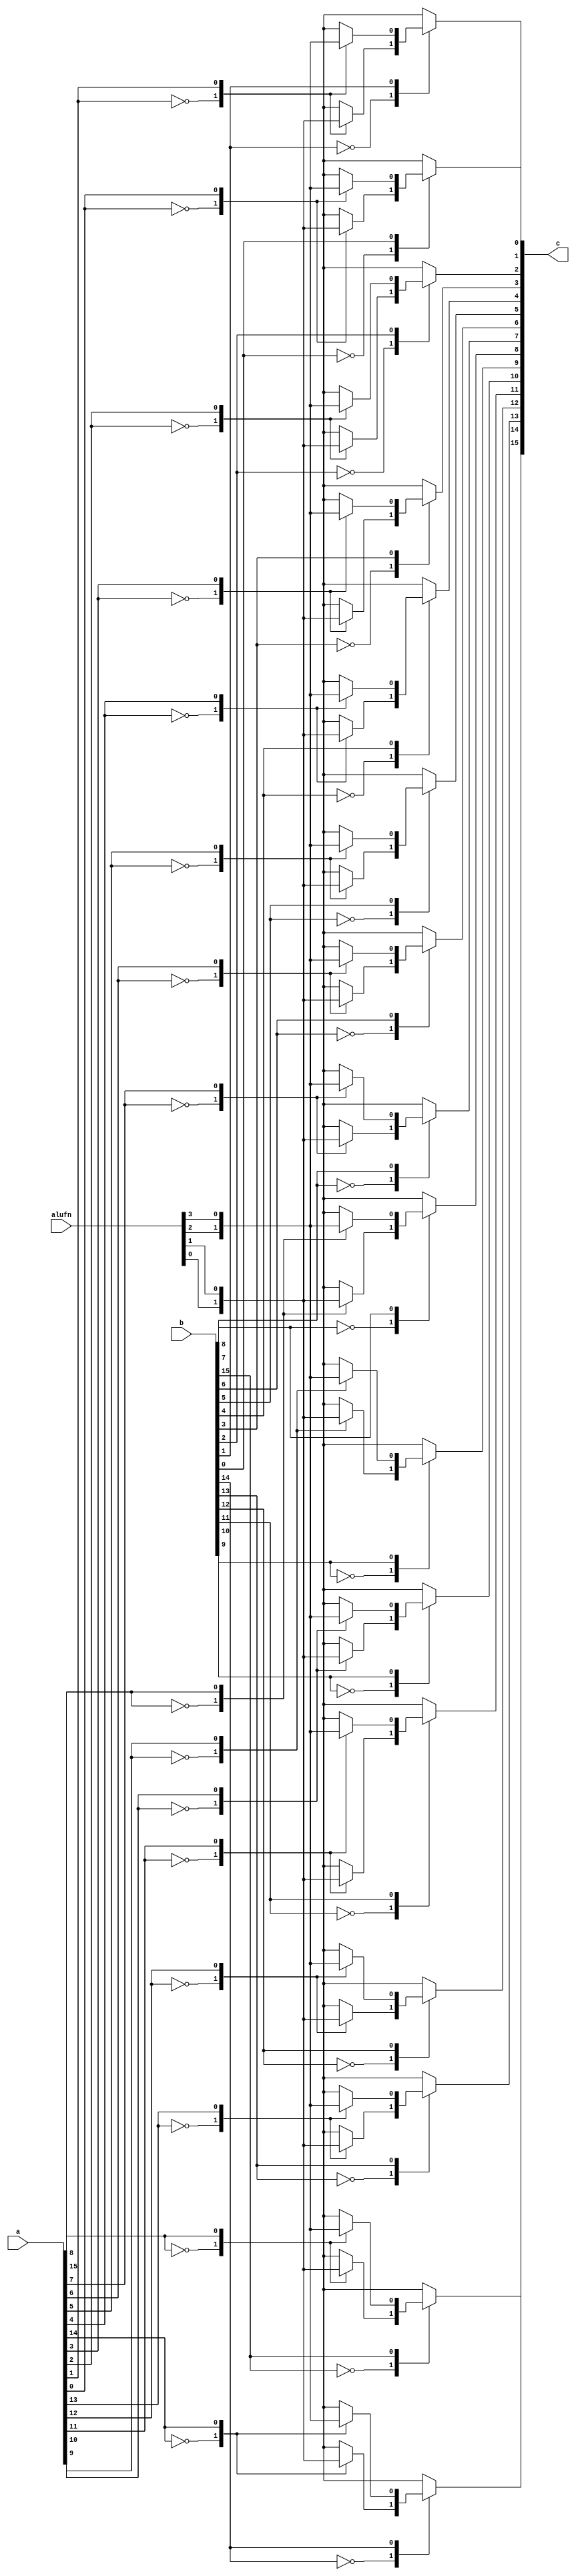
/*
   This file was generated automatically by Alchitry Labs version 1.2.1.
   Do not edit this file directly. Instead edit the original Lucid source.
   This is a temporary file and any changes made to it will be destroyed.
*/

module boole_1 (
    input [5:0] alufn,
    input [15:0] a,
    input [15:0] b,
    output reg [15:0] c
  );
  
  
  
  always @* begin
    c = 16'h0000;
    
    case (b[0+0-:1])
      1'h0: begin
        
        case (a[0+0-:1])
          1'h0: begin
            c[0+0-:1] = alufn[0+0-:1];
          end
          1'h1: begin
            c[0+0-:1] = alufn[1+0-:1];
          end
        endcase
      end
      1'h1: begin
        
        case (a[0+0-:1])
          1'h0: begin
            c[0+0-:1] = alufn[2+0-:1];
          end
          1'h1: begin
            c[0+0-:1] = alufn[3+0-:1];
          end
        endcase
      end
    endcase
    
    case (b[1+0-:1])
      1'h0: begin
        
        case (a[1+0-:1])
          1'h0: begin
            c[1+0-:1] = alufn[0+0-:1];
          end
          1'h1: begin
            c[1+0-:1] = alufn[1+0-:1];
          end
        endcase
      end
      1'h1: begin
        
        case (a[1+0-:1])
          1'h0: begin
            c[1+0-:1] = alufn[2+0-:1];
          end
          1'h1: begin
            c[1+0-:1] = alufn[3+0-:1];
          end
        endcase
      end
    endcase
    
    case (b[2+0-:1])
      1'h0: begin
        
        case (a[2+0-:1])
          1'h0: begin
            c[2+0-:1] = alufn[0+0-:1];
          end
          1'h1: begin
            c[2+0-:1] = alufn[1+0-:1];
          end
        endcase
      end
      1'h1: begin
        
        case (a[2+0-:1])
          1'h0: begin
            c[2+0-:1] = alufn[2+0-:1];
          end
          1'h1: begin
            c[2+0-:1] = alufn[3+0-:1];
          end
        endcase
      end
    endcase
    
    case (b[3+0-:1])
      1'h0: begin
        
        case (a[3+0-:1])
          1'h0: begin
            c[3+0-:1] = alufn[0+0-:1];
          end
          1'h1: begin
            c[3+0-:1] = alufn[1+0-:1];
          end
        endcase
      end
      1'h1: begin
        
        case (a[3+0-:1])
          1'h0: begin
            c[3+0-:1] = alufn[2+0-:1];
          end
          1'h1: begin
            c[3+0-:1] = alufn[3+0-:1];
          end
        endcase
      end
    endcase
    
    case (b[4+0-:1])
      1'h0: begin
        
        case (a[4+0-:1])
          1'h0: begin
            c[4+0-:1] = alufn[0+0-:1];
          end
          1'h1: begin
            c[4+0-:1] = alufn[1+0-:1];
          end
        endcase
      end
      1'h1: begin
        
        case (a[4+0-:1])
          1'h0: begin
            c[4+0-:1] = alufn[2+0-:1];
          end
          1'h1: begin
            c[4+0-:1] = alufn[3+0-:1];
          end
        endcase
      end
    endcase
    
    case (b[5+0-:1])
      1'h0: begin
        
        case (a[5+0-:1])
          1'h0: begin
            c[5+0-:1] = alufn[0+0-:1];
          end
          1'h1: begin
            c[5+0-:1] = alufn[1+0-:1];
          end
        endcase
      end
      1'h1: begin
        
        case (a[5+0-:1])
          1'h0: begin
            c[5+0-:1] = alufn[2+0-:1];
          end
          1'h1: begin
            c[5+0-:1] = alufn[3+0-:1];
          end
        endcase
      end
    endcase
    
    case (b[6+0-:1])
      1'h0: begin
        
        case (a[6+0-:1])
          1'h0: begin
            c[6+0-:1] = alufn[0+0-:1];
          end
          1'h1: begin
            c[6+0-:1] = alufn[1+0-:1];
          end
        endcase
      end
      1'h1: begin
        
        case (a[6+0-:1])
          1'h0: begin
            c[6+0-:1] = alufn[2+0-:1];
          end
          1'h1: begin
            c[6+0-:1] = alufn[3+0-:1];
          end
        endcase
      end
    endcase
    
    case (b[7+0-:1])
      1'h0: begin
        
        case (a[7+0-:1])
          1'h0: begin
            c[7+0-:1] = alufn[0+0-:1];
          end
          1'h1: begin
            c[7+0-:1] = alufn[1+0-:1];
          end
        endcase
      end
      1'h1: begin
        
        case (a[7+0-:1])
          1'h0: begin
            c[7+0-:1] = alufn[2+0-:1];
          end
          1'h1: begin
            c[7+0-:1] = alufn[3+0-:1];
          end
        endcase
      end
    endcase
    
    case (b[8+0-:1])
      1'h0: begin
        
        case (a[8+0-:1])
          1'h0: begin
            c[8+0-:1] = alufn[0+0-:1];
          end
          1'h1: begin
            c[8+0-:1] = alufn[1+0-:1];
          end
        endcase
      end
      1'h1: begin
        
        case (a[8+0-:1])
          1'h0: begin
            c[8+0-:1] = alufn[2+0-:1];
          end
          1'h1: begin
            c[8+0-:1] = alufn[3+0-:1];
          end
        endcase
      end
    endcase
    
    case (b[9+0-:1])
      1'h0: begin
        
        case (a[9+0-:1])
          1'h0: begin
            c[9+0-:1] = alufn[0+0-:1];
          end
          1'h1: begin
            c[9+0-:1] = alufn[1+0-:1];
          end
        endcase
      end
      1'h1: begin
        
        case (a[9+0-:1])
          1'h0: begin
            c[9+0-:1] = alufn[2+0-:1];
          end
          1'h1: begin
            c[9+0-:1] = alufn[3+0-:1];
          end
        endcase
      end
    endcase
    
    case (b[10+0-:1])
      1'h0: begin
        
        case (a[10+0-:1])
          1'h0: begin
            c[10+0-:1] = alufn[0+0-:1];
          end
          1'h1: begin
            c[10+0-:1] = alufn[1+0-:1];
          end
        endcase
      end
      1'h1: begin
        
        case (a[10+0-:1])
          1'h0: begin
            c[10+0-:1] = alufn[2+0-:1];
          end
          1'h1: begin
            c[10+0-:1] = alufn[3+0-:1];
          end
        endcase
      end
    endcase
    
    case (b[11+0-:1])
      1'h0: begin
        
        case (a[11+0-:1])
          1'h0: begin
            c[11+0-:1] = alufn[0+0-:1];
          end
          1'h1: begin
            c[11+0-:1] = alufn[1+0-:1];
          end
        endcase
      end
      1'h1: begin
        
        case (a[11+0-:1])
          1'h0: begin
            c[11+0-:1] = alufn[2+0-:1];
          end
          1'h1: begin
            c[11+0-:1] = alufn[3+0-:1];
          end
        endcase
      end
    endcase
    
    case (b[12+0-:1])
      1'h0: begin
        
        case (a[12+0-:1])
          1'h0: begin
            c[12+0-:1] = alufn[0+0-:1];
          end
          1'h1: begin
            c[12+0-:1] = alufn[1+0-:1];
          end
        endcase
      end
      1'h1: begin
        
        case (a[12+0-:1])
          1'h0: begin
            c[12+0-:1] = alufn[2+0-:1];
          end
          1'h1: begin
            c[12+0-:1] = alufn[3+0-:1];
          end
        endcase
      end
    endcase
    
    case (b[13+0-:1])
      1'h0: begin
        
        case (a[13+0-:1])
          1'h0: begin
            c[13+0-:1] = alufn[0+0-:1];
          end
          1'h1: begin
            c[13+0-:1] = alufn[1+0-:1];
          end
        endcase
      end
      1'h1: begin
        
        case (a[13+0-:1])
          1'h0: begin
            c[13+0-:1] = alufn[2+0-:1];
          end
          1'h1: begin
            c[13+0-:1] = alufn[3+0-:1];
          end
        endcase
      end
    endcase
    
    case (b[14+0-:1])
      1'h0: begin
        
        case (a[14+0-:1])
          1'h0: begin
            c[14+0-:1] = alufn[0+0-:1];
          end
          1'h1: begin
            c[14+0-:1] = alufn[1+0-:1];
          end
        endcase
      end
      1'h1: begin
        
        case (a[14+0-:1])
          1'h0: begin
            c[14+0-:1] = alufn[2+0-:1];
          end
          1'h1: begin
            c[14+0-:1] = alufn[3+0-:1];
          end
        endcase
      end
    endcase
    
    case (b[15+0-:1])
      1'h0: begin
        
        case (a[15+0-:1])
          1'h0: begin
            c[15+0-:1] = alufn[0+0-:1];
          end
          1'h1: begin
            c[15+0-:1] = alufn[1+0-:1];
          end
        endcase
      end
      1'h1: begin
        
        case (a[15+0-:1])
          1'h0: begin
            c[15+0-:1] = alufn[2+0-:1];
          end
          1'h1: begin
            c[15+0-:1] = alufn[3+0-:1];
          end
        endcase
      end
    endcase
  end
endmodule